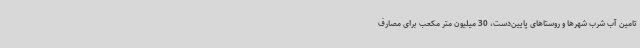
تامین آب شرب شهرها و روستاهای پایین‌دست، 30 میلیون متر مکعب برای مصارف